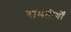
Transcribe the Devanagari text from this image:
रामतीर्थों